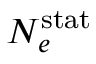
N _ { e } ^ { \mathrm { s t a t } }